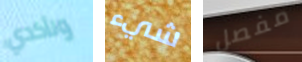
وتأكدي شيء مفصل